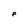
Character: e